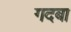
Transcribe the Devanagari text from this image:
गदबा